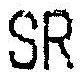
SR